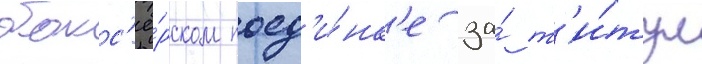
бокс'ё́рском поед'и́нк'е за́ т'и́тул